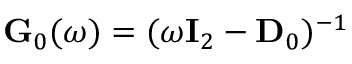
\ensuremath { \mathbf { G } } _ { 0 } ( \omega ) = ( \omega \ensuremath { \mathbf { I } } _ { 2 } - \ensuremath { \mathbf { D } } _ { 0 } ) ^ { - 1 }